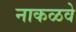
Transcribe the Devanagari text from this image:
नाकळवे